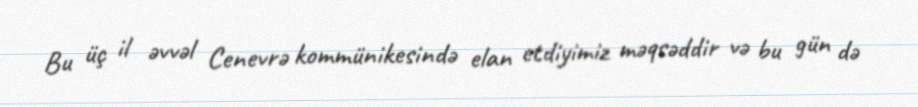
Bu üç il əvvəl Cenevrə kommünikesində elan etdiyimiz məqsəddir və bu gün də